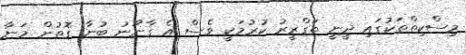
މިސްކިތްތަކުގައި ދީނީ ތަގްރީރު ކުރުމަކީ ވެސް އެ ގާނޫނު ބުނާ ގޮތުން މަނާ